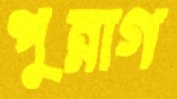
পুন্নাগ